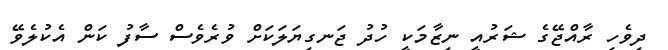
ދިވެހި ރާއްޖޭގެ ޝަރުއީ ނިޒާމަކީ ހުދު ޖަނގިޔަލަކަށް ވުރެވެސް ސާފު ކަން އެކުލެވޭ